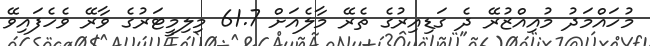
މުހައްމަދު މުއިއްޒުރޭ ދެ ގަޑިއިރުގެ ތެރޭ މާލެއަށް 61.7 މިލިމީޓަރުގެ ވާރޭ ވެހެފައިވޭ